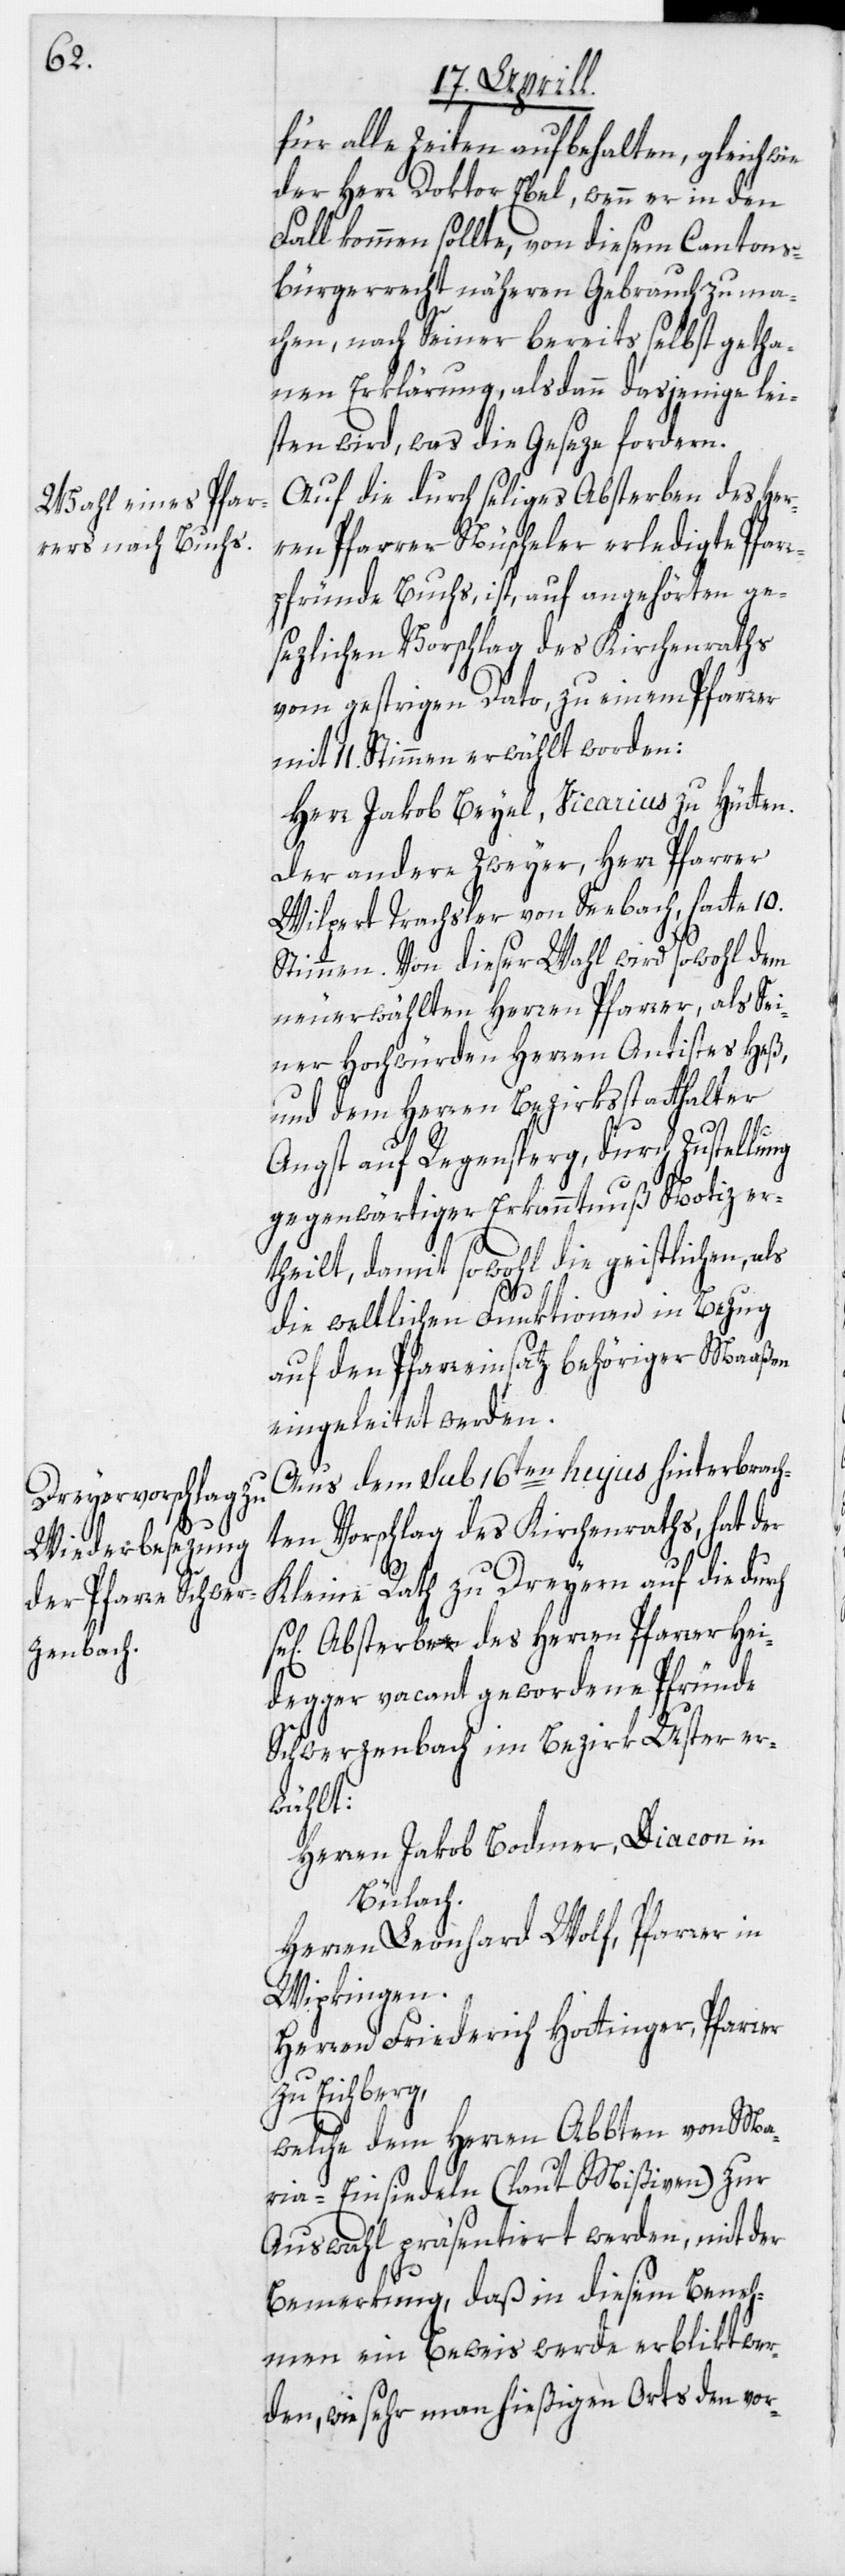
für alle Zeiten aufbehalten, gleichwie
der Herr Doktor Ebel, wenn er in den
Fall kommen sollte, von diesem Cantons¬
bürgerrecht näheren Gebrauch zu ma¬
chen, nach Seiner bereits selbst getha¬
nen Erklärung, alsdann dasjenige lei¬
sten wird, was die Geseze fordern.
Auf die durch seliges Absterben des Her¬
ren Pfarrer Nüscheler erledigte Pfar¬
rpfründe Buchs, ist auf angehörten ge¬
sezlichen Vorschlag des Kirchenraths
vom gestrigen Dato, zu einem Pfarrer
mit 11. Stimmen erwählt worden:
Herr Jakob Beyel, Vicarius zu Hütten.
Der andere Zweyer, Herr Pfarrer
Wilpert Trachsler von Seebach, hatte 10.
Stimmen. Von dieser Wahl wird sowohl dem
neuerwählten Herren Pfarrer, als Sei¬
ner Hochwürden Herren Antistes Heß,
und dem Herren Bezirksstatthalter
Angst auf Regensperg, durch Zustellung
gegenwärtiger Erkanntnuß Notiz er¬
theilt, damit sowohl die geistlichen, als
die weltlichen Funktionen in Bezug
auf den Pfarreinsatz behöriger Maaßen
eingeleitet werden.
Aus dem sub 16ten hujus hinterbrach¬
ten Vorschlag des Kirchenraths, hat der
Kleine Rath zu Dreyern auf die durch
s] Absterben des Herren Pfarrer Hei¬
degger vacant gewordene Pfründe
Schwerzenbach im Bezirk Uster er¬
wählt:
Herren Jacob Bodmer, Diacon in
Bülach.
Herren Leonhard Wolf, Pfarrer in
Wipkingen.
Herren Friederich Hottinger, Pfarrer
zu Eichberg,
welche dem Herren Abbten von Ma¬
ria-Einsiedeln (laut Mißiven) zur
Auswahl präsentiert werden, mit der
Bemerkung, daß in diesem Beneh¬
men ein Beweis werde erblikt wer¬
den, wie sehr man hießigen Orts den vor-